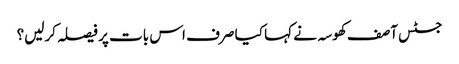
جسٹس آصف کھوسہ نے کہا کیا صرف اس بات پر فیصلہ کرلیں؟